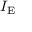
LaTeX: I _ { \mathrm { E } }